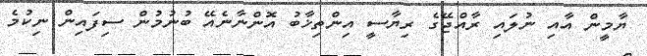
ޔާމީން އާއި ނުލައި ރާއްޖޭގެ ރިޔާސީ އިންތިޚާބު އޮންނާނެއޭ ބުނުމުން ސިފައިން ނިކުމެ